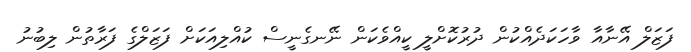
ފަޒަލް އޭނާއާ ވާހަކަދެއްކުން ދުރުކޮށްލީ ކީއްވެކަން ނޭނގެނީސް ކުއްލިއަކަށް ފަޒަލްގެ ފަރާތުން ލިބުނު